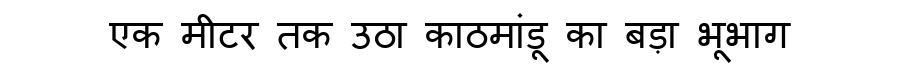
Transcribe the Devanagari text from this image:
एक मीटर तक उठा काठमांडू का बड़ा भूभाग